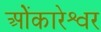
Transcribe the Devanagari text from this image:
ओेंकारेश्वर